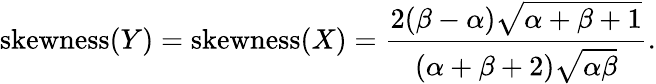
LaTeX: {\mathrm{skewness}}(Y)={\mathrm{skewness}}(X)={\frac{2(\beta-\alpha){\sqrt{\alpha+\beta+1}}}{(\alpha+\beta+2){\sqrt{\alpha\beta}}}}.